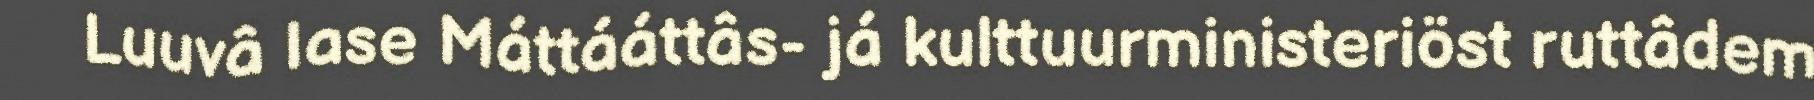
Luuvâ lase Máttááttâs- já kulttuurministeriöst ruttâdem